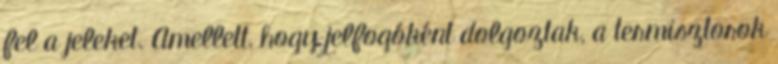
fel a jeleket. Amellett, hogy jelfogóként dolgoztak, a termisztorok